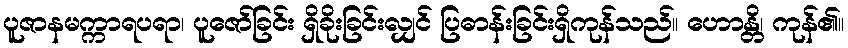
ပူဇာနမက္ကာရပရာ၊ ပူဇော်ခြင်း ရှိခိုးခြင်းလျှင် ပြဓာန်းခြင်းရှိကုန်သည်။ ဟောန္တိ၊ ကုန်၏။